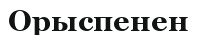
Орыспенен